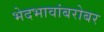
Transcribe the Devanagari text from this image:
भेदभावांबरोबर